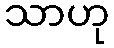
သာဟု